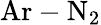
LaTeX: \mathrm{Ar-N_{2}}